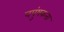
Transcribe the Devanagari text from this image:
नपुंषकता